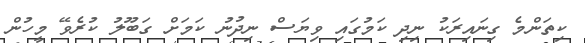
ކިތަންމެ ގިނައިރަކު ނިދި ކަމުގައި ވިޔަސް ނިދުނު ކަމަށް ގަބޫލު ކުރެވޭ މީހުން